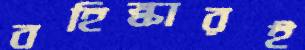
বহিষ্কারই